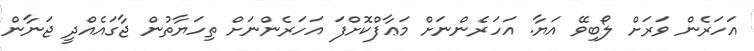
އަހަރެން ވަރަށް ލޯބިވޭ އަޔާ. އަހަރެންނަށް މަޢާފްކޮށްފަ އަހަރެންނަށް ތިހަޔާތުން ޖާގައެއްދީ ޖަނާން